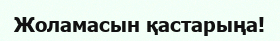
Жоламасын қастарыңа!